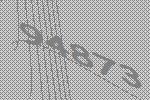
94873